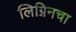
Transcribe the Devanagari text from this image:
लिग्निनचा